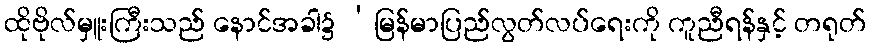
ထိုဗိုလ်မှူးကြီးသည် နောင်အခါ၌ ‘မြန်မာပြည်လွတ်လပ်ရေးကို ကူညီရန်နှင့် တရုတ်